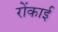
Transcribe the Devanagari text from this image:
रोंकाई